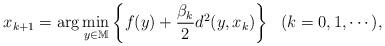
LaTeX: \begin{align*}x_{k+1}={\rm arg}\min_{y\in\mathbb{M}}\left\{f(y)+\frac{\beta_{k}}{2}d^2(y,x_{k})\right\} \ \ (k=0,1,\cdots), \end{align*}